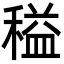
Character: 䅬